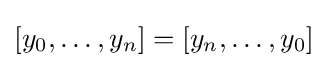
[y_{0},\ldots ,y_{n}]=[y_{n},\ldots ,y_{0}]